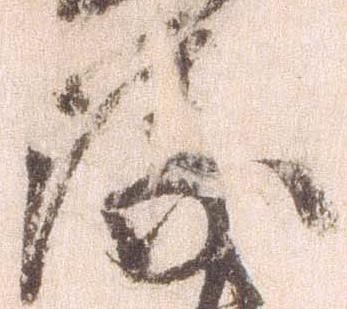
衛